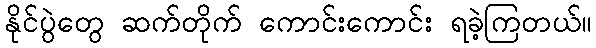
နိုင်ပွဲတွေ ဆက်တိုက် ကောင်းကောင်း ရခဲ့ကြတယ်။